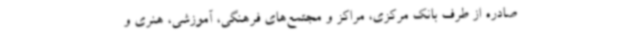
صادره از طرف بانک مرکزی، مراکز و مجتمع‌های فرهنگی، آموزشی، هنری و